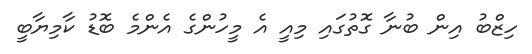
ހިޒްބު އިން ބުނާ ގޮތުގައި މިއީ އެ މީހުންގެ އެންމެ ބޮޑު ކާމިޔާބީ